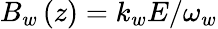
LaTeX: B_{w}\left(z\right)=k_{w}E/\omega_{w}